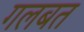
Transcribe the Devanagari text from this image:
गलबत